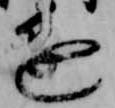
進